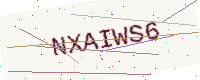
Text: NXAIWS6